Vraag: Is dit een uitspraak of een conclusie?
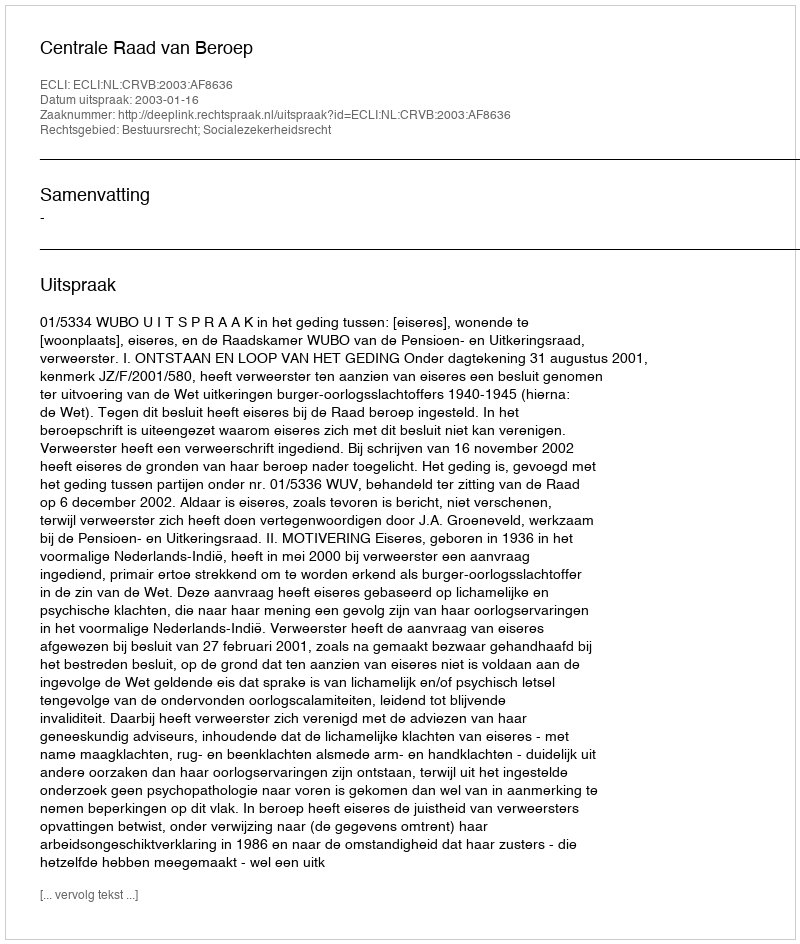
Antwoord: Uitspraak